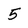
Character: 5